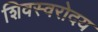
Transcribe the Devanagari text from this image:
शिवस्वरोदय